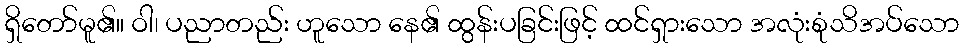
ရှိတော်မူ၏။ ဝါ၊ ပညာတည်း ဟူသော နေ၏ ထွန်းပခြင်းဖြင့် ထင်ရှားသော အလုံးစုံသိအပ်သော